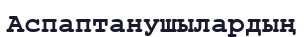
Аспаптанушылардың